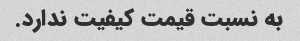
به نسبت قیمت کیفیت ندارد.